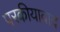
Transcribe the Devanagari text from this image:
परकीयावाद